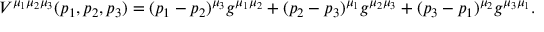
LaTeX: V ^ { \mu _ { 1 } \mu _ { 2 } \mu _ { 3 } } ( p _ { 1 } , p _ { 2 } , p _ { 3 } ) = ( p _ { 1 } - p _ { 2 } ) ^ { \mu _ { 3 } } g ^ { \mu _ { 1 } \mu _ { 2 } } + ( p _ { 2 } - p _ { 3 } ) ^ { \mu _ { 1 } } g ^ { \mu _ { 2 } \mu _ { 3 } } + ( p _ { 3 } - p _ { 1 } ) ^ { \mu _ { 2 } } g ^ { \mu _ { 3 } \mu _ { 1 } } .